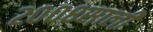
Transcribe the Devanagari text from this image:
२००८साली